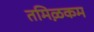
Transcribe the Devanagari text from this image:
तमिऴकम